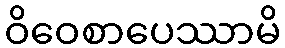
ဝိဝေစာပေဿာမိ